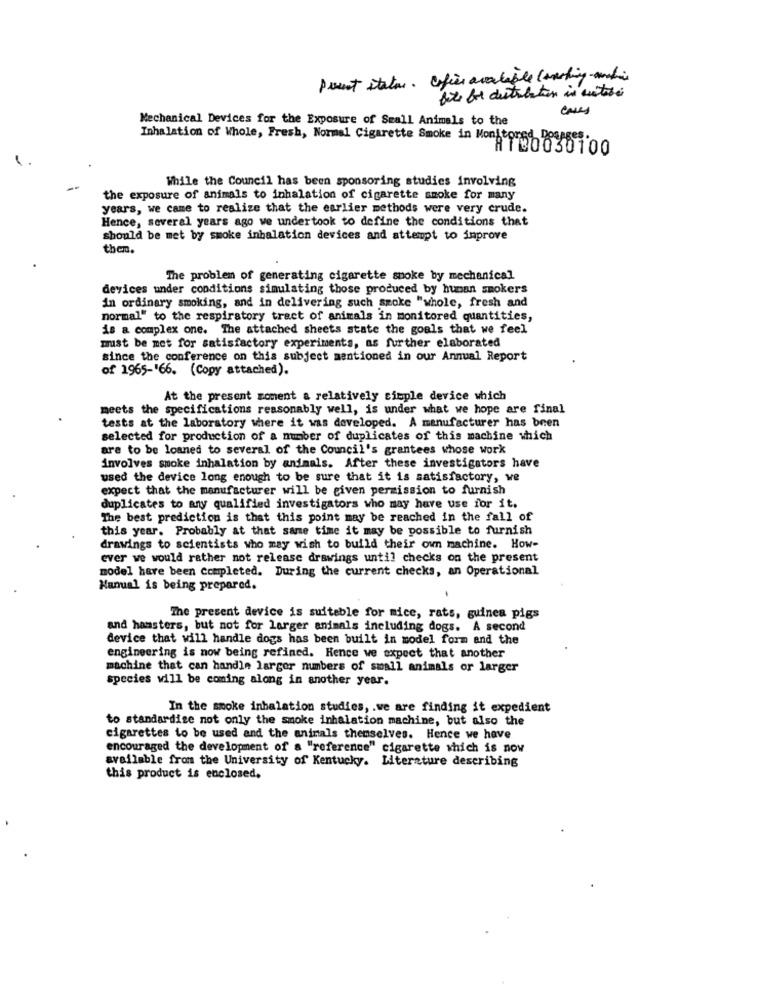
Point stator. Ofice available Courting-matin
fate for distribution is notuse
cases
Mechanical Devices for the Exposure of Small Animals to the
Inhalation of Whole, Fresh, Normal Cigarette Smoke in Monitored Dosages.
AT20030100
While the Council has been sponsoring studies involving
the exposure of animals to inhalation of cigarette smoke for many
years, we came to realize that the earlier methods were very crude.
Hence, several years ago we undertook to define the conditions that
should be met by smoke inhalation devices and attempt to improve
them.
The problem of generating cigarette smoke by mechanical
devices under conditions simulating those produced by human smokers
in ordinary smoking, and in delivering such szoke "whole, fresh and
normal" to the respiratory tract of animals in monitored quantities,
is a complex one. The attached sheets state the goals that we feel
must be met for satisfactory experiments, as further elaborated
since the conference on this subject mentioned in our Annual Report
of 1965-'66. (Copy attached).
At the present moment a relatively simple device which
meets the specifications reasonably well, is under what we hope are final
tests at the laboratory where it was developed. A manufacturer has been
selected for production of a number of duplicates of this machine which
are to be loaned to several of the Council's grantees whose work
involves smoke inhalation by animals. After these investigators have
used the device long enough to be sure that it is satisfactory, we
expect that the manufacturer will be given permission to furnish
duplicates to any qualified investigators who may have use for it.
The best prediction is that this point may be reached in the fall of
this year. Probably at that same time it may be possible to furnish
drawings to scientists who may wish to build their own machine. How-
ever we would rather not release drawings until checks on the present
model have been completed. During the current checks, an Operational
Manual is being prepared.
The present device is suitable for mice, rats, guinea pigs
and hamsters, but not for larger animals including dogs. A second
device that will handle dogs has been built in model form and the
engineering is now being refined. Hence we expect that another
machine that can handle larger numbers of small animals or larger
species will be coming along in another year.
In the smoke inhalation studies, . we are finding it expedient
to standardize not only the smoke inhalation machine, but also the
cigarettes to be used and the animals themselves. Hence we have
encouraged the development of a "reference" cigarette which is now
available from the University of Kentucky. Literature describing
this product is enclosed.